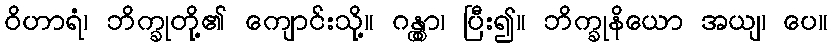
ဝိဟာရံ၊ ဘိက္ခုတို့၏ ကျောင်းသို့။ ဂန္တွာ၊ ပြီး၍။ ဘိက္ခုနိယော အယျ၊ ပေ။